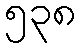
၅၃၈